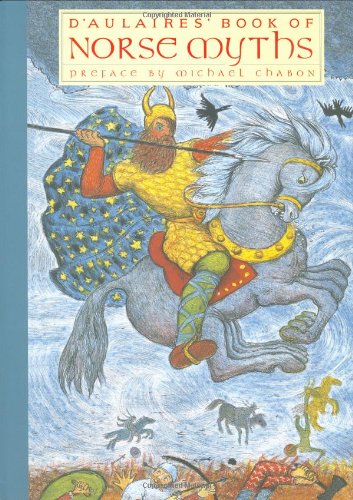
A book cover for D'Aulaires' Book of Norse Myths; Ingri d'Aulaire; Children's Books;